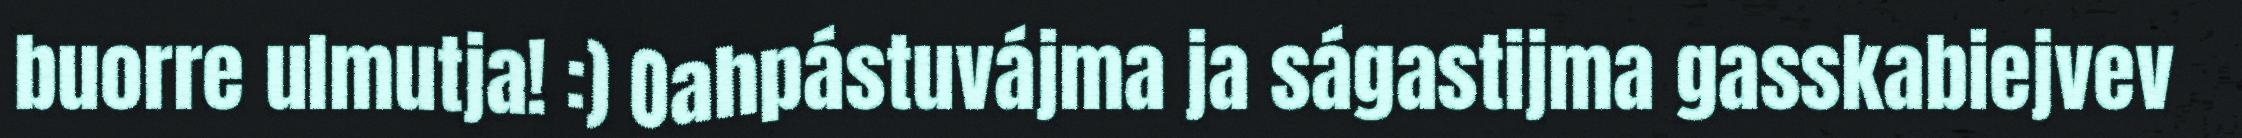
buorre ulmutja! :) Oahpástuvájma ja ságastijma gasskabiejvev